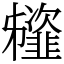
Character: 䪢